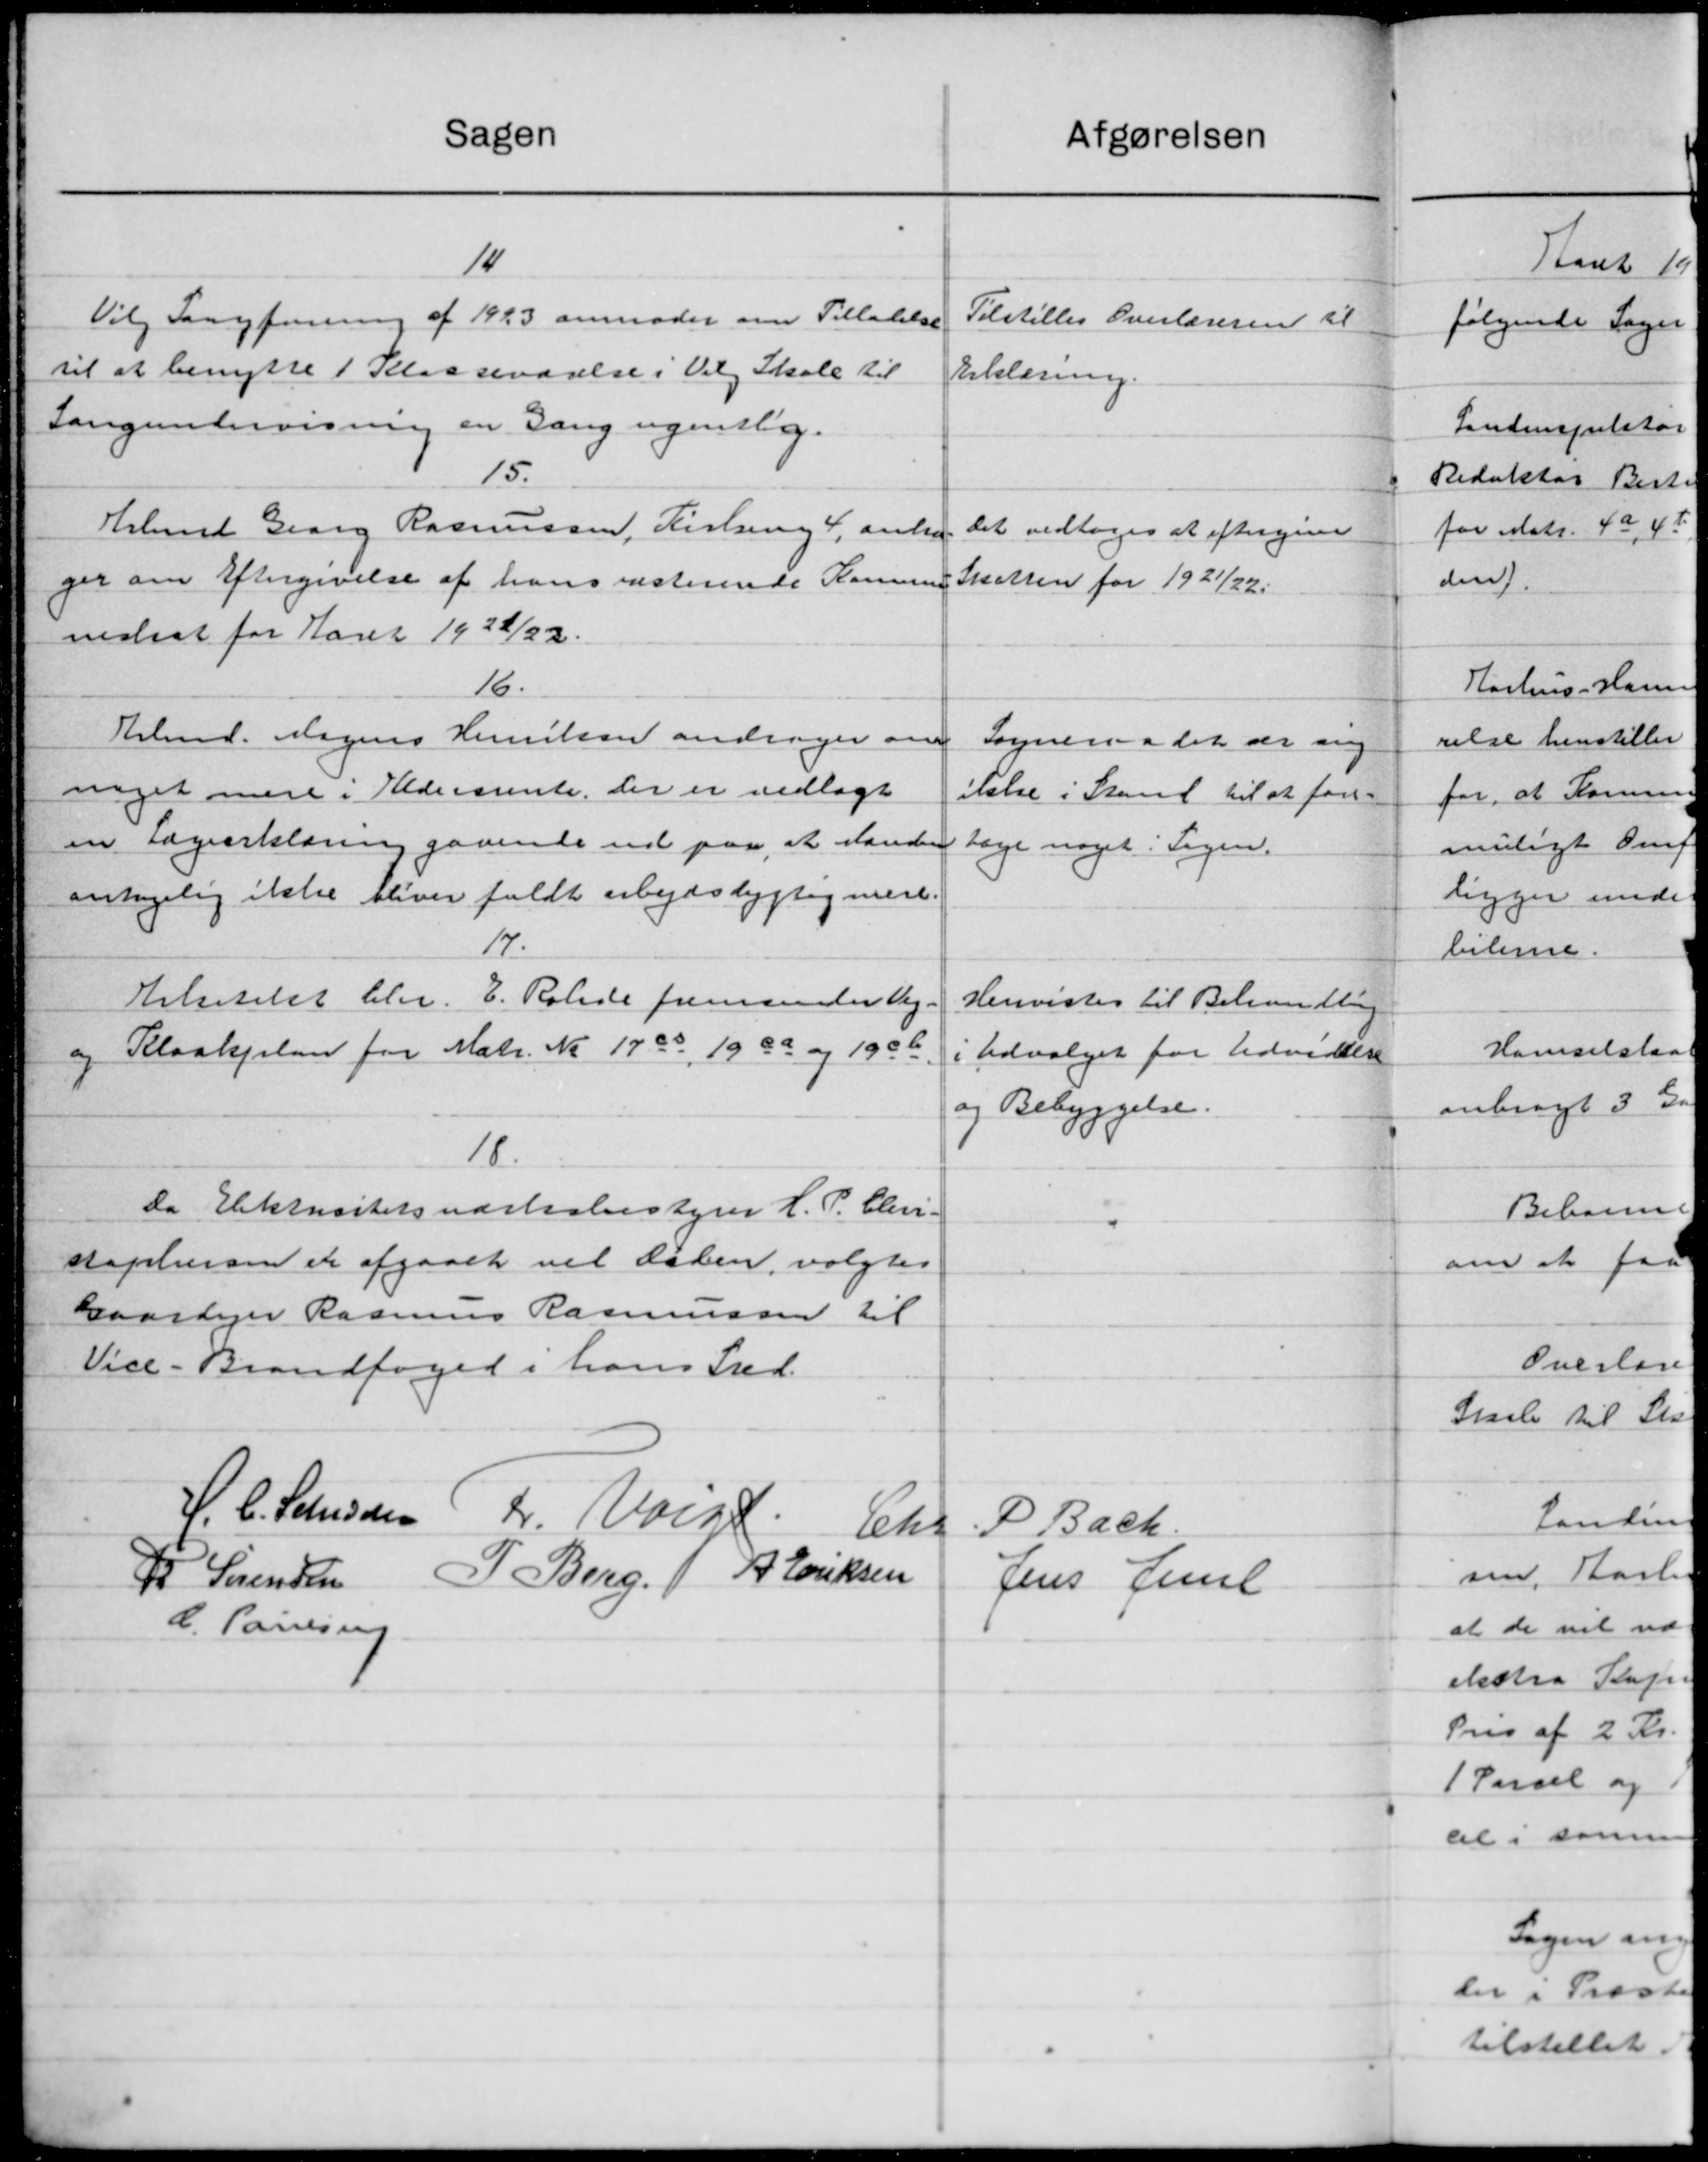
Transskription:
Sagen
11
Vilg Sangforening af 1923 anmoder om Tilladelse
til at benytte 1 Klasseværelse i Valg Skole til
Langenbervisning en Gang ugentlig.
15.
Hrlmd Georg Rasmussen, Kirken 4, anbe
ger om Eftergivelse af hans resterende Komune
nedsat for Aaret 1922/22.
16.
Arbmd. Mogens Henriksen andrager om
noget mere i Aldersrente, der er vedlagt
en Lægeerklæring gaaende ud paa, at standen
antagelig ikke bliver faldt arbejdslygtig mere.
17.
Halsetilst blev E. Rolide fremsender Vej-
og Kloakplan for Matr. No 1700, 1900 og 1906.
18.
da Elektrisitetsværksbestyrer H. P. Chri.
stopherom er afgaaet vil løben, valgtes
Gaardejer Rasmus Rasmussen til
Vice- Brandfoged i hans Fred.
H. C. Studsen Fr. Valge
Chr
P Berg. A. Eriksen
R Sørensen
C. Poulsen